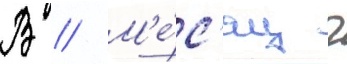
В // М'е́с'яц г